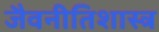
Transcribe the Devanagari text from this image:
जैवनीतिशास्त्र